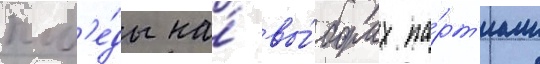
поб'е́ды на́ вы́борах па́рт'иам